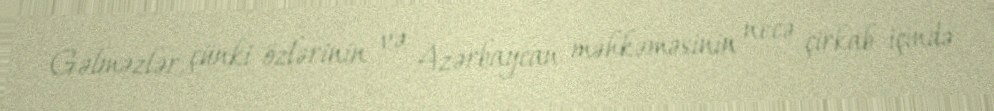
Gəlməzlər, çünki özlərinin və Azərbaycan məhkəməsinin necə çirkab içində